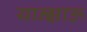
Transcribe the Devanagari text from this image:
यान्झाऊ